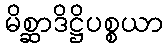
မိစ္ဆာဒိဋ္ဌိပစ္စယာ